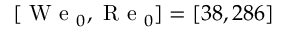
[ \mathrm { ~ W ~ e ~ } _ { 0 } , \mathrm { ~ R ~ e ~ } _ { 0 } ] = [ 3 8 , 2 8 6 ]